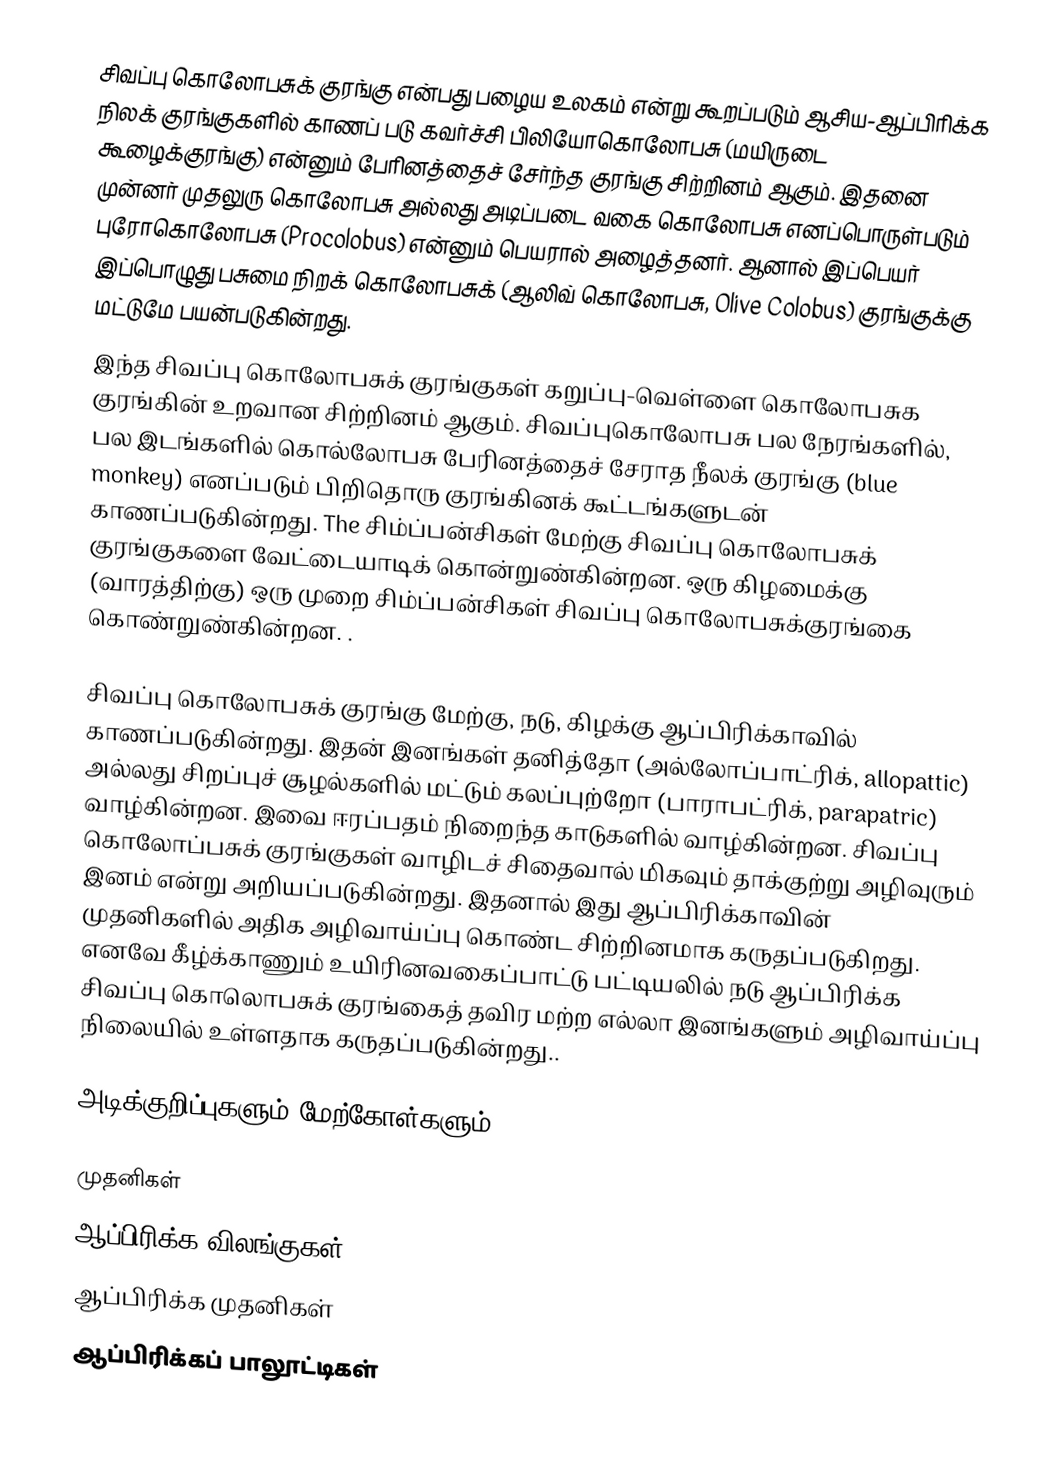
சிவப்பு கொலோபசுக் குரங்கு என்பது பழைய உலகம் என்று கூறப்படும் ஆசிய-ஆப்பிரிக்க நிலக் குரங்குகளில் காணப் படு கவர்ச்சி பிலியோகொலோபசு (மயிருடை கூழைக்குரங்கு) என்னும் பேரினத்தைச் சேர்ந்த குரங்கு சிற்றினம் ஆகும். இதனை முன்னர் முதலுரு கொலோபசு அல்லது அடிப்படை வகை கொலோபசு எனப்பொருள்படும் புரோகொலோபசு (Procolobus) என்னும் பெயரால் அழைத்தனர். ஆனால் இப்பெயர் இப்பொழுது பசுமை நிறக் கொலோபசுக் (ஆலிவ் கொலோபசு, Olive Colobus) குரங்குக்கு மட்டுமே பயன்படுகின்றது.
 இந்த சிவப்பு கொலோபசுக் குரங்குகள் கறுப்பு-வெள்ளை கொலோபசுக குரங்கின் உறவான சிற்றினம் ஆகும். சிவப்புகொலோபசு பல நேரங்களில், பல இடங்களில் கொல்லோபசு பேரினத்தைச் சேராத நீலக் குரங்கு (blue monkey) எனப்படும் பிறிதொரு குரங்கினக் கூட்டங்களுடன் காணப்படுகின்றது.  The சிம்ப்பன்சிகள் மேற்கு சிவப்பு கொலோபசுக் குரங்குகளை வேட்டையாடிக் கொன்றுண்கின்றன. ஒரு கிழமைக்கு (வாரத்திற்கு) ஒரு முறை சிம்ப்பன்சிகள் சிவப்பு கொலோபசுக்குரங்கை கொண்றுண்கின்றன. .

சிவப்பு கொலோபசுக் குரங்கு மேற்கு, நடு, கிழக்கு ஆப்பிரிக்காவில் காணப்படுகின்றது. இதன் இனங்கள் தனித்தோ (அல்லோப்பாட்ரிக், allopattic) அல்லது சிறப்புச் சூழல்களில் மட்டும் கலப்புற்றோ (பாராபட்ரிக், parapatric) வாழ்கின்றன. இவை ஈரப்பதம் நிறைந்த காடுகளில் வாழ்கின்றன. சிவப்பு கொலோப்பசுக் குரங்குகள் வாழிடச் சிதைவால் மிகவும் தாக்குற்று அழிவுரும் இனம் என்று அறியப்படுகின்றது. இதனால் இது ஆப்பிரிக்காவின் முதனிகளில் அதிக அழிவாய்ப்பு கொண்ட சிற்றினமாக கருதப்படுகிறது. எனவே கீழ்க்காணும் உயிரினவகைப்பாட்டு பட்டியலில் நடு ஆப்பிரிக்க சிவப்பு கொலொபசுக் குரங்கைத் தவிர மற்ற எல்லா இனங்களும் அழிவாய்ப்பு நிலையில் உள்ளதாக கருதப்படுகின்றது..

அடிக்குறிப்புகளும் மேற்கோள்களும்

முதனிகள்
ஆப்பிரிக்க விலங்குகள்
ஆப்பிரிக்க முதனிகள்
ஆப்பிரிக்கப் பாலூட்டிகள்